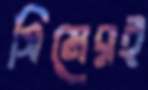
সিমেরই